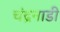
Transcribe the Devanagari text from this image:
चंद्रनाडी